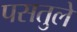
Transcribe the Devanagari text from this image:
पसतुले